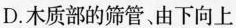
D. 木质部的筛管、由下向上